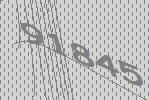
91845